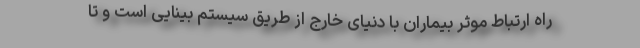
راه ارتباط موثر بیماران با دنیای خارج از طریق سیستم بینایی است و تا